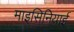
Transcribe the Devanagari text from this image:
माइसिनियाई